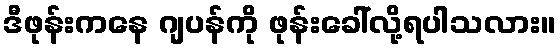
ဒီဖုန်းကနေ ဂျပန်ကို ဖုန်းခေါ်လို့ရပါသလား။